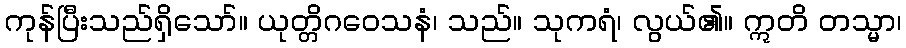
ကုန်ပြီးသည်ရှိသော်။ ယုတ္တိဂဝေသနံ၊ သည်။ သုကရံ၊ လွယ်၏။ ဣတိ တသ္မာ၊